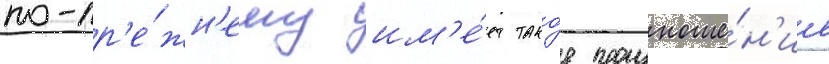
по-пр'е́жн'ему им'е́ет тако́е произноше́н'ие